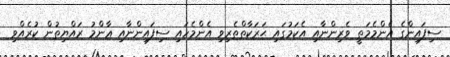
ސިފައިންގެ އެންމެމަތީ ވެރިންނާއި އެކަމުގައި ޙަރަކާތްތެރިވި އެންމެހައި ސިފައިންނާއި ޢާންމު ރައްޔިތުން ކުރެއްވި